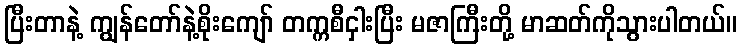
ပြီးတာနဲ့ ကျွန်တော်နဲ့စိုးကျော် တက္ကစီငှါးပြီး မဇာကြီးတို့ မာဆတ်ကိုသွားပါတယ်။